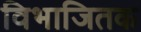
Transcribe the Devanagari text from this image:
विभाजितक